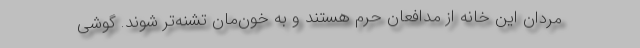
مردان این خانه از مدافعان حرم هستند و به خون‌مان تشنه‌تر شوند. گوشی